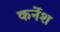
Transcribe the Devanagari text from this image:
कर्नेश